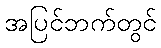
အပြင်ဘက်တွင်